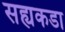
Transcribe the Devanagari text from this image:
सह्यकडा